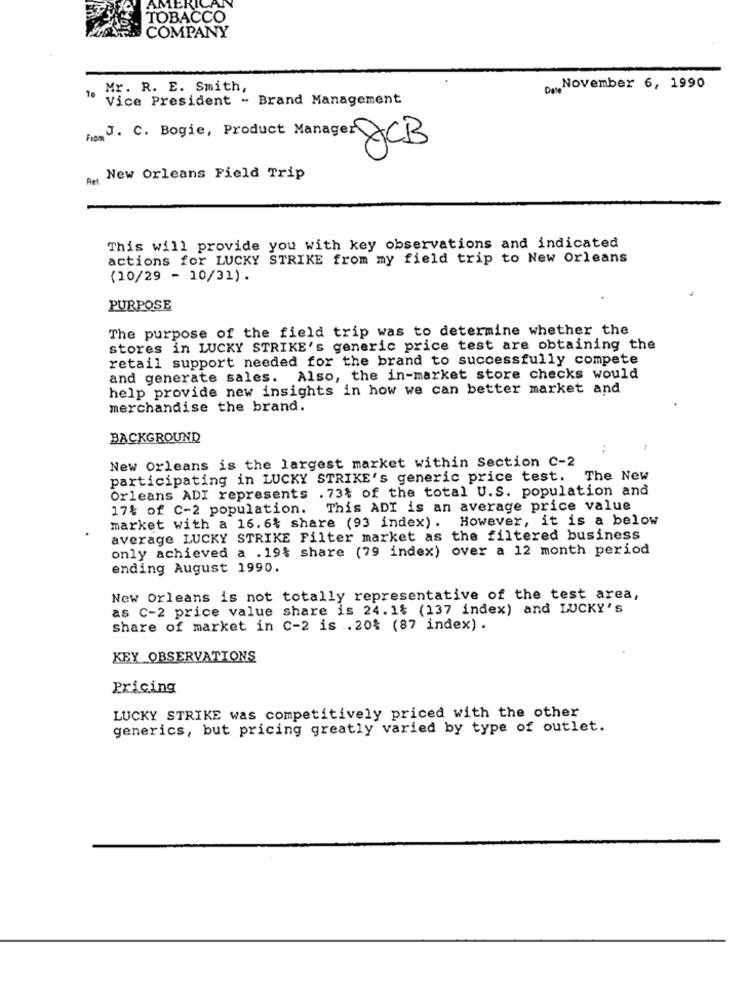
TOBACCO
COMPANY
Mr. R. E. Smith,
.November 6, 1990
Vice President - Brand Management
From J. C. Bogie, Product Manager ACB
Att.
New Orleans Field Trip
This will provide you with key observations and indicated
actions for LUCKY STRIKE from my field trip to New Orleans
(10/29 - 10/31).
PURPOSE
The purpose of the field trip was to determine whether the
stores in LUCKY STRIKE's generic price test are obtaining the
retail support needed for the brand to successfully compete
and generate sales. Also, the in-market store checks would
help provide new insights in how we can better market and
merchandise the brand.
BACKGROUND
New Orleans is the largest market within Section C-2
participating in LUCKY STRIKE's generic price test. The New
Orleans ADI represents . 73% of the total U.S. population and
17% of C-2 population.
This ADI is an average price value
market with a 16.6% share (93 index). However, it is a below
average LUCKY STRIKE Filter market as the filtered business
only achieved a .19% share (79 index) over a 12 month period
ending August 1990.
New Orleans is not totally representative of the test area,
as C-2 price value share is 24.1% (137 index) and LUCKY's
share of market in C-2 is .20% (87 index) .
KEY_OBSERVATIONS
Pricing
LUCKY STRIKE was competitively priced with the other
generics, but pricing greatly varied by type of outlet.